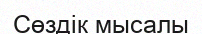
Сөздік мысалы